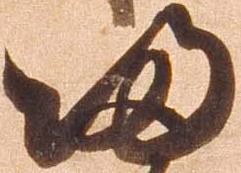
帰